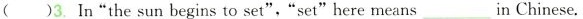
( )3. In"the sun begins to set","set"here means___in Chinese.